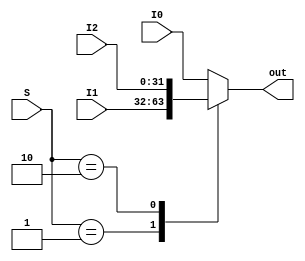
`timescale 1ns / 1ps
//////////////////////////////////////////////////////////////////////////////////
// Company: 
// Engineer: 
// 
// Design Name: 
// Module Name: mux32bit
// Project Name: 
// Target Devices: 
// Tool Versions: 
// Description: 
// 
// Dependencies: 
// 
// Revision:
// Revision 0.01 - File Created
// Additional Comments:
// 
//////////////////////////////////////////////////////////////////////////////////


//32 bit mux

module mux32bit(
    input [31:0] I0,
    input [31:0] I1,
    input [31:0] I2,
    input [1:0] S,
    output reg [31:0] out
    );
   
   
   always@(S,I0,I1,I2)
       begin 
       case(S)
       0:out = I0;
       1:out = I1;
       2:out = I2;
       default: out =I0;
       endcase
   end
   
endmodule